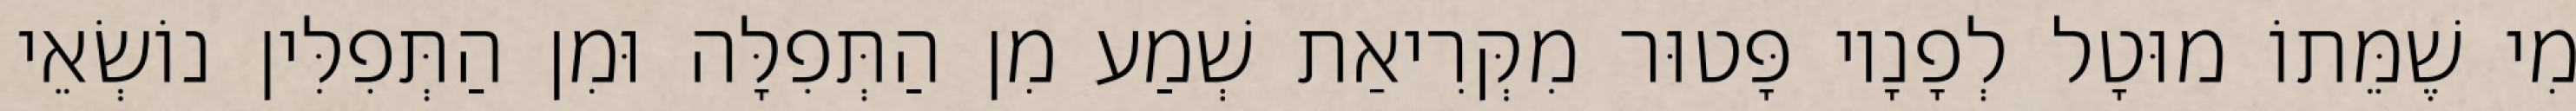
מִי שֶׁמֵּתוֹ מוּטָל לְפָנָיו פָּטוּר מִקְּרִיאַת שְׁמַע מִן הַתְּפִלָּה וּמִן הַתְּפִלִּין נוֹשְׂאֵי